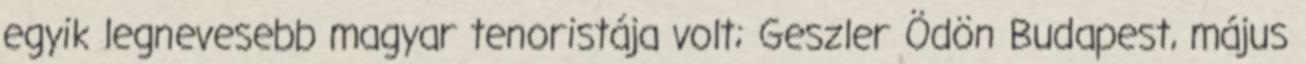
egyik legnevesebb magyar tenoristája volt; Geszler Ödön Budapest, május